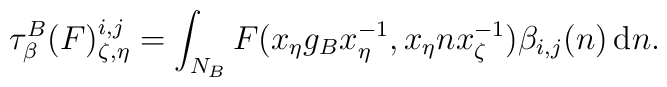
\tau^{B}_{\beta}(F)^{i,j}_{\zeta,\eta}=\int_{N_B}F(x_{\eta}g_{B}x^{-1}_{\eta},x_{\eta}n x_{\zeta}^{-1})\beta_{i,j}(n)\,{\rm d}n.